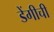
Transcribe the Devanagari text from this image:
डेंगीची